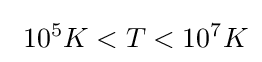
\ 10^{5}K<T<10^{7}K